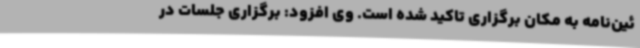
ئین‌نامه به مکان برگزاری تاکید شده است. وی افزود: برگزاری جلسات در